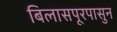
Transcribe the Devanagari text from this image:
बिलासपूरपासुन